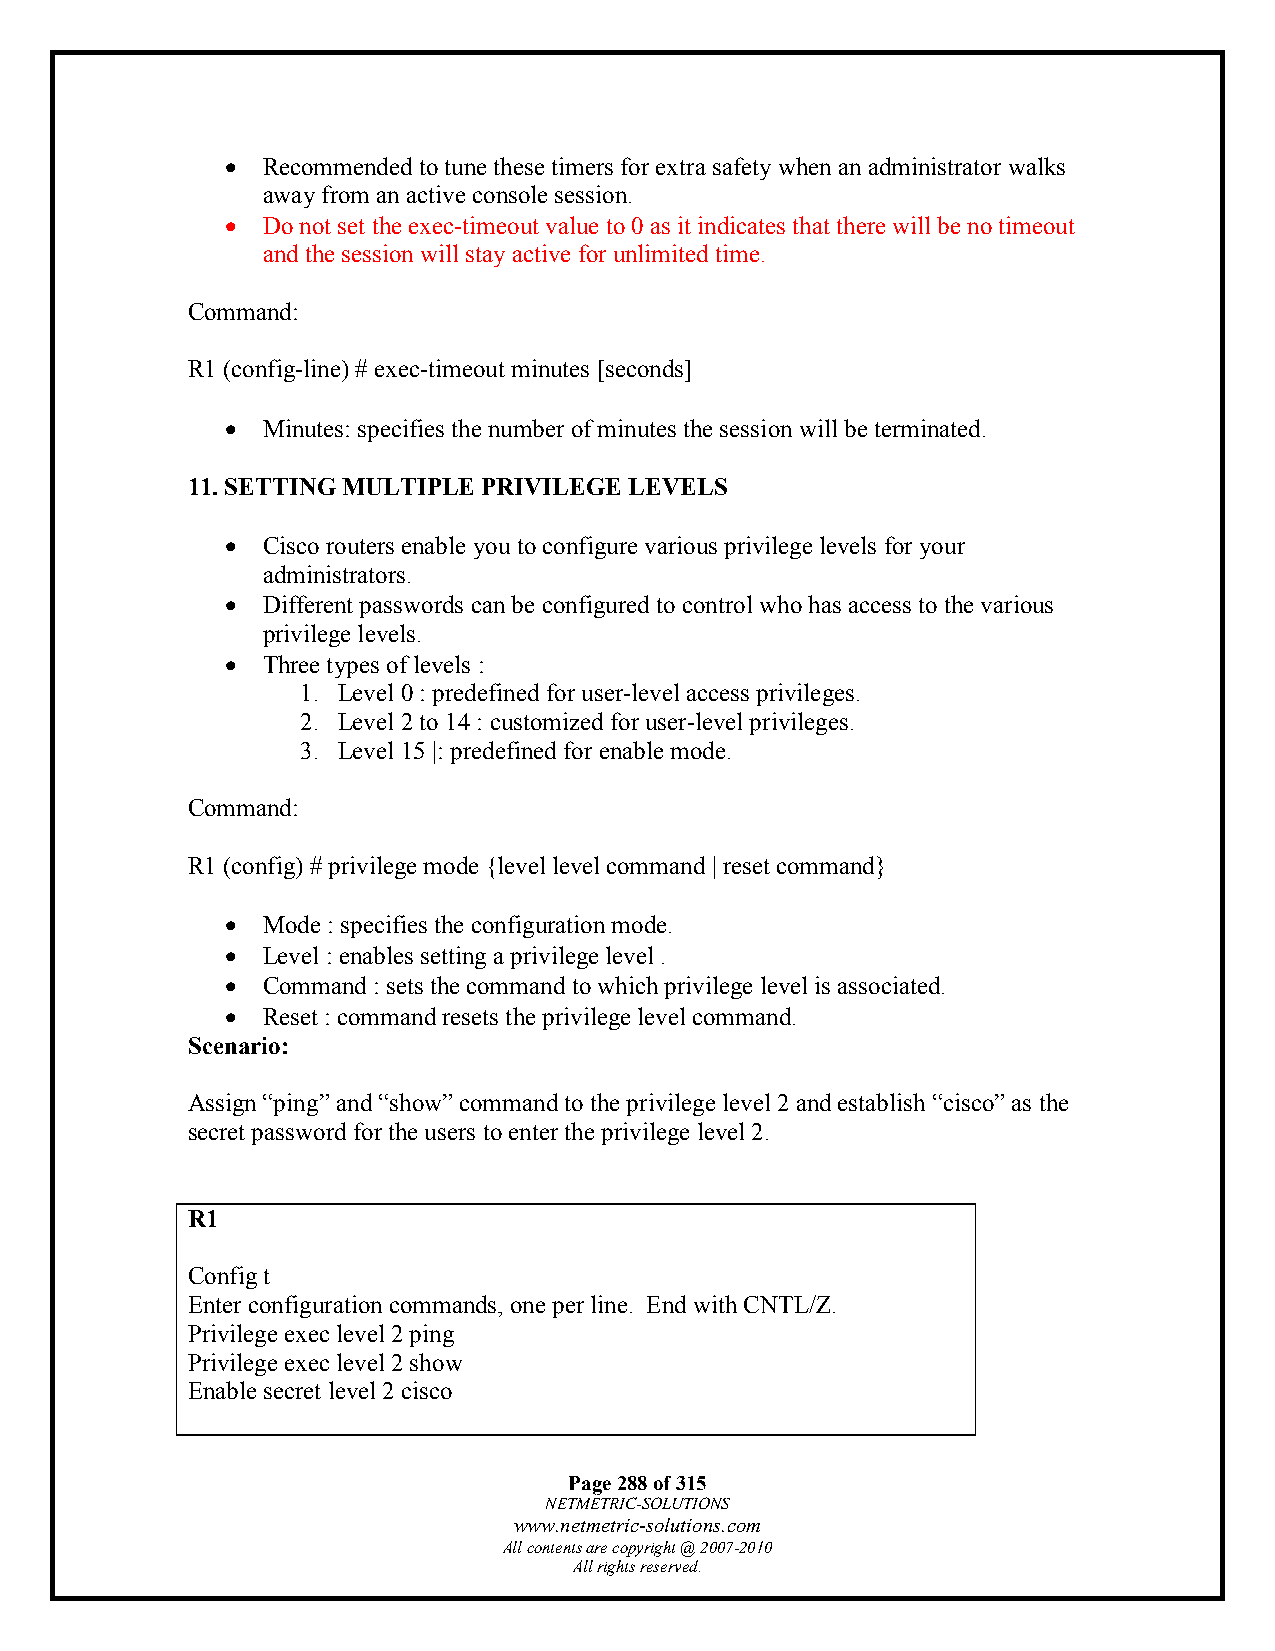
• Recommended to tune these timers for extra safety when an administrator walks
 away from an active console session.
 • Do not set the exec-timeout value to 0 as it indicates that there will be no timeout
 and the session will stay active for unlimited time.
 Command:
 R1 (config-line) # exec-timeout minutes [seconds]
 • Minutes: specifies the number of minutes the session will be terminated.
 11. SETTING MULTIPLE PRIVILEGE LEVELS
 • Cisco routers enable you to configure various privilege levels for your
 administrators.
 • Different passwords can be configured to control who has access to the various
 privilege levels.
 • Three types of levels :
 1. Level 0 : predefined for user-level access privileges.
 2. Level 2 to 14 : customized for user-level privileges.
 3. Level 15 |: predefined for enable mode.
 Command:
 R1 (config) # privilege mode {level level command | reset command}
 • Mode : specifies the configuration mode.
 • Level : enables setting a privilege level .
 • Command : sets the command to which privilege level is associated.
 • Reset : command resets the privilege level command.
 Scenario:
 Assign “ping” and “show” command to the privilege level 2 and establish “cisco” as the
 secret password for the users to enter the privilege level 2.
 R1
 Config t
 Enter configuration commands, one per line. End with CNTL/Z.
 Privilege exec level 2 ping
 Privilege exec level 2 show
 Enable secret level 2 cisco
 Page 288 of 315
 NETMETRIC-SOLUTIONS
 www.netmetric-solutions.com
 All contents are copyright @ 2007-2010
 All rights reserved.